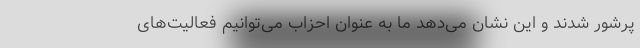
پرشور شدند و این نشان می‌دهد ما به عنوان احزاب می‌توانیم فعالیت‌های